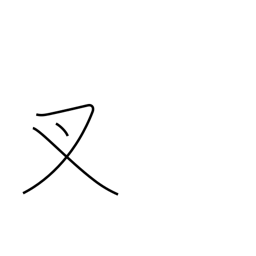
Meaning: crotch